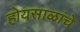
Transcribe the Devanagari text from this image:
होयसाळांचे